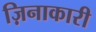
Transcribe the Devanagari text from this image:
ज़िनाकारी